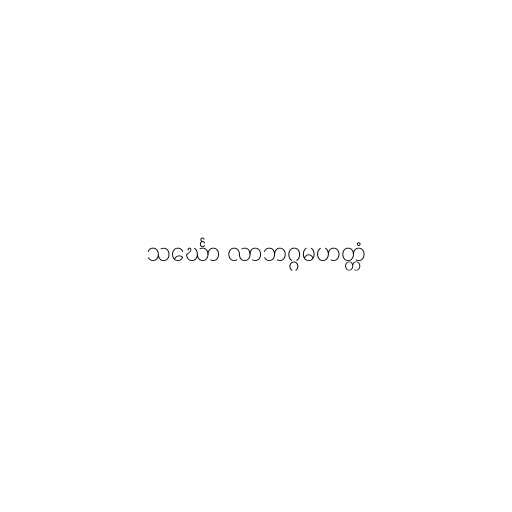
သင်္ဃော လာဘဂ္ဂမဟတ္တံ